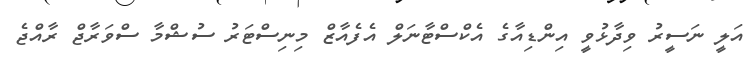
އަލީ ނަސީރު ވިދާޅުވީ އިންޑިއާގެ އެކްސްޓާނަލް އެފެއާޒް މިނިސްޓަރު ސުޝްމާ ސްވަރާޖް ރާއްޖެ